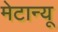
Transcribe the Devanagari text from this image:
मेटान्यू